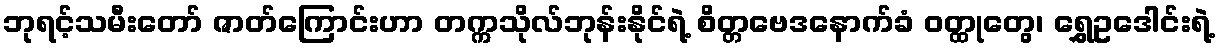
ဘုရင့်သမီးတော် ဇာတ်ကြောင်းဟာ တက္ကသိုလ်ဘုန်းနိုင်ရဲ့ စိတ္တဗေဒနောက်ခံ ဝတ္ထုတွေ၊ ရွှေဥဒေါင်းရဲ့